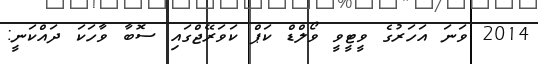
2014 ވަނަ އަހަރުގެ ވީޓީވީ ވޯލްޑް ކަޕް ކަވަރޭޖްގައި ސޮބާ ވާހަކަ ދައްކަނީ: